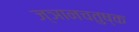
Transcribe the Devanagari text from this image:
ज्ञानचतुष्क